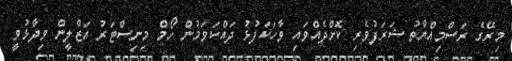
މިރޭގެ ރަސްމިއްޔާތު ޝަރަފުވެރި ކޮށްދެއްވައި ވާހަކަފުޅު ދައްކަވަމުން ހޯމް މިނިސްޓަރު އަޒްލީން ވިދާޅުވީ